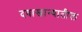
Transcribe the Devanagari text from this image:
दवाखान्यातील